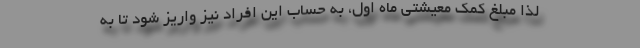
لذا مبلغ کمک معیشتی ماه اول، به حساب این افراد نیز واریز شود تا به